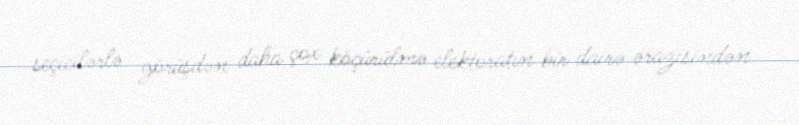
seçicilərlə görüşdən daha çox köçürülmə elektoratın bir dairə ərazisindən